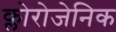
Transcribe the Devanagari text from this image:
क्लोरोजेनिक